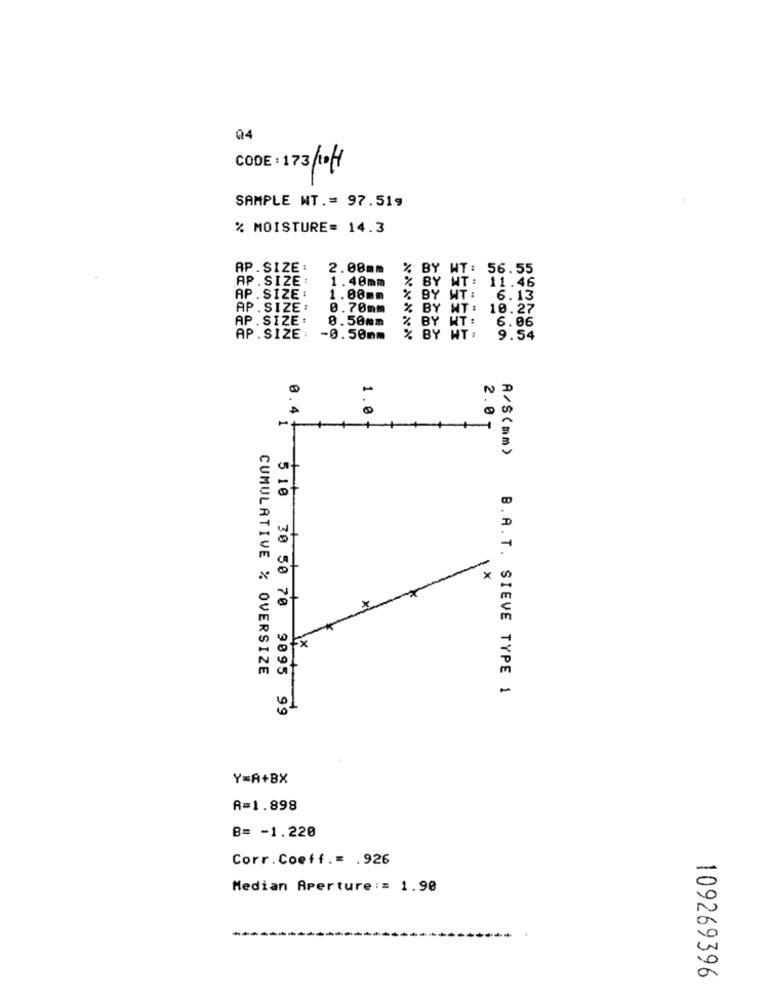
04
CODE : 173/10/1
SAMPLE NT .= 97.519
% MOISTURE= 14.3
AP.SIZE :
2.00mm
%
BY WT: 56.55
AP . SIZE :
1.40mm
%
WT: 11.46
AP.SIZE :
1.00mm
% BY WT: 6.13
AP.SIZE:
0.70mm
% BY MT: 10.27
AP . SIZE:
0.50mm
% BY WT:
6.06
AP.SIZE :
-0.50mm
% BY WT:
9.54
0.4
1.0
2.0 T
A/S(mm)
× 00
oFx
CUMULATIVE % OVERSIZE
B.A.T. SIEVE TYPE 1
01
5 10 30 50 70 9095 99
Y=A+BX
R=1.898
B= - 1.220
Corr. Coeff .= . 926
Median Aperture := 1.90
109269396